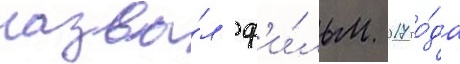
назва́л ф'и́льм 2017 го́да